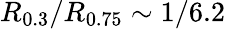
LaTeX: R_{0.3}/R_{0.75}\sim 1/6.2